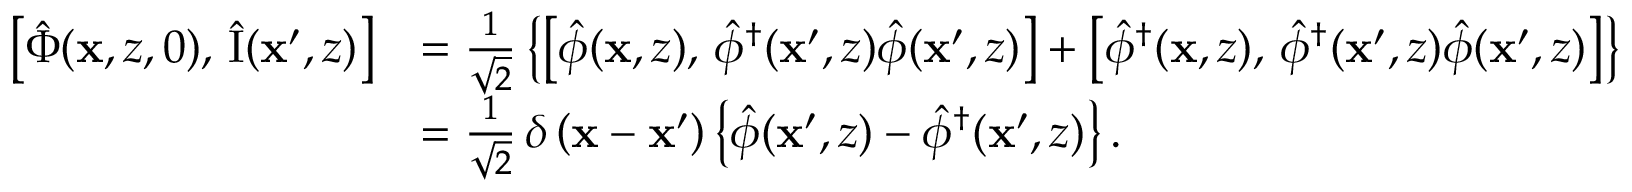
\begin{array} { r l } { \bigl [ \hat { \Phi } ( \mathbf { x } , z , 0 ) , \, \hat { \mathrm { I } } ( \mathbf { x } ^ { \prime } , z ) \bigr ] } & { = \frac { 1 } { \sqrt { 2 } } \left\{ \bigl [ \hat { \phi } ( \mathbf { x } , z ) , \, \hat { \phi } ^ { \dagger } ( \mathbf { x } ^ { \prime } , z ) \hat { \phi } ( \mathbf { x } ^ { \prime } , z ) \bigr ] + \bigl [ \hat { \phi } ^ { \dagger } ( \mathbf { x } , z ) , \, \hat { \phi } ^ { \dagger } ( \mathbf { x } ^ { \prime } , z ) \hat { \phi } ( \mathbf { x } ^ { \prime } , z ) \bigr ] \right\} } \\ & { = \frac { 1 } { \sqrt { 2 } } \, \delta \left( \mathbf { x } - \mathbf { x } ^ { \prime } \right) \left\{ \hat { \phi } ( \mathbf { x } ^ { \prime } , z ) - \hat { \phi } ^ { \dagger } ( \mathbf { x } ^ { \prime } , z ) \right\} . } \end{array}